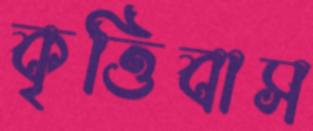
কৃত্তিবাস